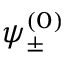
\psi _ { \pm } ^ { ( 0 ) }